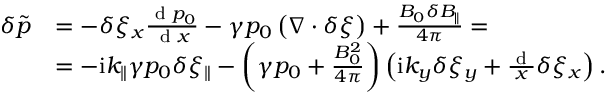
\begin{array} { r } { \begin{array} { r l } { \delta \tilde { p } } & { = - \delta \xi _ { x } \frac { \textrm { d } p _ { 0 } } { \textrm { d } x } - \gamma p _ { 0 } \left( \nabla \cdot \delta \boldsymbol { \xi } \right) + \frac { B _ { 0 } \delta B _ { \parallel } } { 4 \pi } = } \\ & { = - \mathrm { i } k _ { \parallel } \gamma p _ { 0 } \delta \xi _ { \parallel } - \left( \gamma p _ { 0 } + \frac { B _ { 0 } ^ { 2 } } { 4 \pi } \right) \left( \mathrm { i } k _ { y } \delta \xi _ { y } + \frac { \textrm { d } } { x } \delta \xi _ { x } \right) . } \end{array} } \end{array}